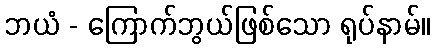
ဘယံ - ကြောက်ဘွယ်ဖြစ်သော ရုပ်နာမ်။